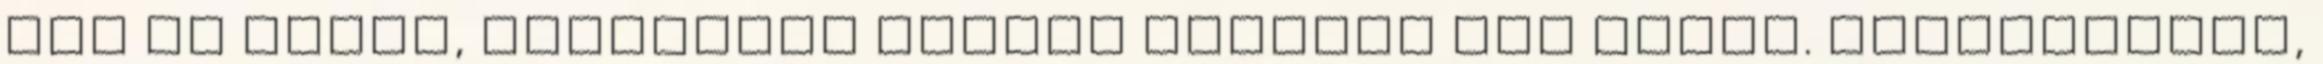
ezt az ételt, Szalonnás rakott krumpli név alatt. Megtetszett,